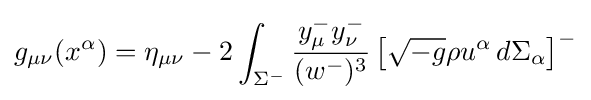
g_{\mu \nu }(x^{\alpha })=\eta _{\mu \nu }-2\int _{\Sigma ^{-}}{y_{\mu }^{-}y_{\nu }^{-} \over (w^{-})^{3}}\left[{\sqrt {-g}}\rho u^{\alpha }\,d\Sigma _{\alpha }\right]^{-}